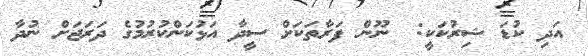
އަދި ކުޑަ ޝިރުކަކީ:  ނޫން ފަރާތަކަށް ސީދާ އަޅުކަންކުރުމުގެ ދަރަޖަށް ނުދާ